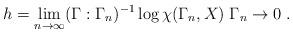
LaTeX: \begin{align*}h = \lim_{n\to\infty} (\Gamma : \Gamma_n)^{-1} \log \chi (\Gamma_n , X) \; \Gamma_n \to 0 \; .\end{align*}